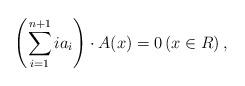
LaTeX: \begin{align*} \left(\sum_{i=1}^{n+1}ia_{i}\right)\cdot A(x)=0 \left(x\in R\right),\end{align*}